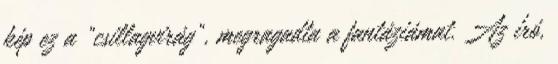
kép ez a "csillagvirág", megragadta a fantáziámat. Az író,